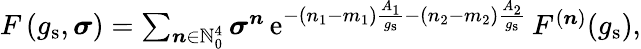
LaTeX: \begin{array}{r}{F\left(g_{\mathrm{s}},\boldsymbol{\sigma}\right)=\sum_{\boldsymbol{n}\in{\mathbb N}_{0}^{4}}\boldsymbol{\sigma}^{\boldsymbol{n}}\, {\mathrm{e}}^{-(n_{1}-m_{1})\frac{A_{1}}{g_{\mathrm{s}}}-(n_{2}-m_{2})\frac{A_{2}}{g_{\mathrm{s}}}}\, F^{(\boldsymbol{n})}(g_{\mathrm{s}}),}\end{array}